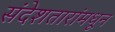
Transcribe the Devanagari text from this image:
संदेशतारांमधून